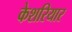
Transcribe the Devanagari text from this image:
केशरियार